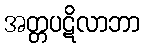
အတ္တပဋိလာဘာ